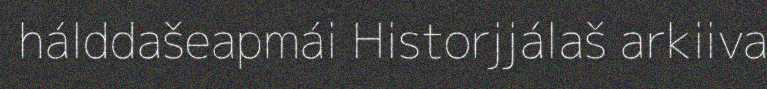
hálddašeapmái Historjjálaš arkiiva